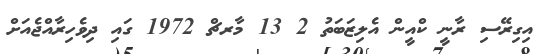
އިގިރޭސި ރާނީ ކްއީން އެލިޒަބަތު 2 13 މާރޗް 1972 ގައި ދިވެހިރާއްޖެއަށް